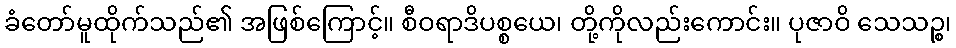
ခံတော်မူထိုက်သည်၏ အဖြစ်ကြောင့်။ စီဝရာဒိပစ္စယေ၊ တို့ကိုလည်းကောင်း။ ပုဇာဝိ သေသဉ္စ၊